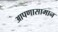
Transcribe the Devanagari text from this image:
आपणासामान